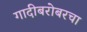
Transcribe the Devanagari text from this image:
गादीबरोबरचा